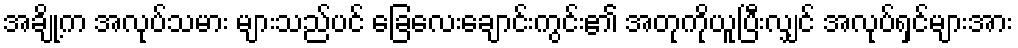
အချို့က အလုပ်သမား များသည်ပင် ခြေလေးချောင်းကွင်း၏ အတုကိုယူပြီးလျှင် အလုပ်ရှင်များအား